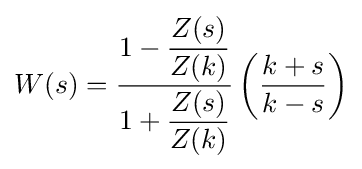
W(s)={1-{\dfrac {Z(s)}{Z(k)}} \over 1+{\dfrac {Z(s)}{Z(k)}}}\left({\frac {k+s}{k-s}}\right)